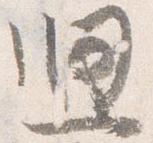
廻